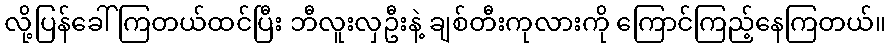
လို့ပြန်ခေါ်ကြတယ်ထင်ပြီး ဘီလူးလှဦးနဲ့ ချစ်တီးကုလားကို ကြောင်ကြည့်နေကြတယ်။